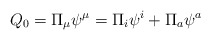
\begin{align*}Q_0=\Pi _\mu \psi ^\mu =\Pi _i\psi ^i+\Pi _a\psi ^a \end{align*}